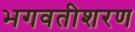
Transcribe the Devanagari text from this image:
भगवतीशरण